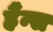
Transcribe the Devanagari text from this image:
हैंन्स